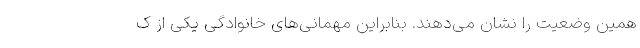
همین وضعیت را نشان می‌دهند. بنابراین مهمانی‌های خانوادگی یکی از ک